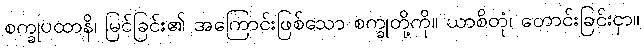
စက္ခုပထာနိ၊ မြင်ခြင်း၏ အကြောင်းဖြစ်သော စက္ခုတို့ကို။ ယာစိတုံ၊ တောင်းခြင်းငှာ။